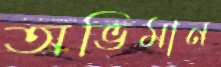
অভিমান